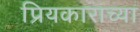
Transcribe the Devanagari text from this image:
प्रियकाराच्या